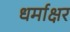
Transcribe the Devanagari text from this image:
धर्माक्षर